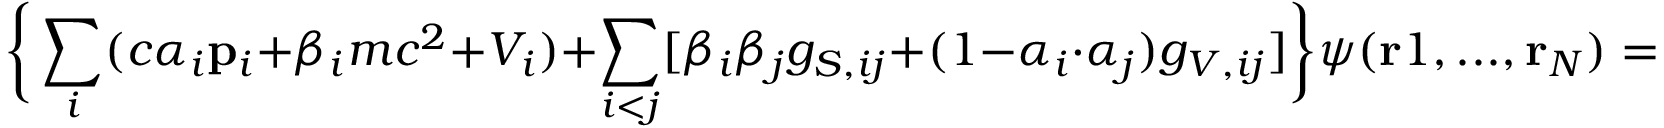
\bigg \{ \sum _ { i } ( c \alpha _ { i } \mathbf { p } _ { i } + \beta _ { i } m c ^ { 2 } + V _ { i } ) + \sum _ { i < j } [ \beta _ { i } \beta _ { j } g _ { S , i j } + ( 1 - \alpha _ { i } \cdot \alpha _ { j } ) g _ { V , i j } ] \bigg \} \psi ( \mathbf { r } 1 , . . . , \mathbf { r } _ { N } ) = E \psi ( \mathbf { r } _ { 1 } , . . . , \mathbf { r } _ { N } ) ,